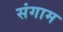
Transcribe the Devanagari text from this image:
संगाम